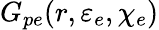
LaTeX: G_{pe}(r,\varepsilon_{e},\chi_{e})